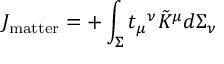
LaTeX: J _ { \mathrm { m a t t e r } } = + \int _ { \Sigma } t _ { \mu } { } ^ { \nu } \tilde { K } ^ { \mu } d \Sigma _ { \nu }